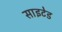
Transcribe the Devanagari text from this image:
साइटेड